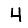
Digit: 4